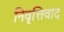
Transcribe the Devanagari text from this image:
निवृत्तिवाद